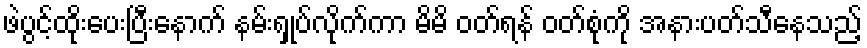
ဖဲပွင့်ထိုးပေးပြီးနောက် နမ်းရှုပ်လိုက်ကာ မိမိ ဝတ်ရန် ဝတ်စုံကို အနားပတ်သီနေသည့်